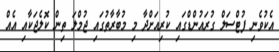
އެކުވެނި ފުޓްސަލް ގުރައުންޑްގައި ކުރިއަށްދާ މި މުބާރާތުގައި ޖުމްލަ ތިން ކޮލެޖަކާއި އެއް